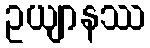
ဥယျာနဿ